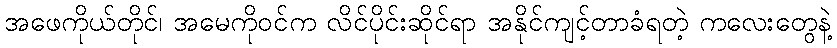
အဖေကိုယ်တိုင်၊ အမေကိုဝင်က လိင်ပိုင်းဆိုင်ရာ အနိုင်ကျင့်တာခံရတဲ့ ကလေးတွေနဲ့